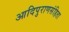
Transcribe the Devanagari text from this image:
आदिपुराणसंहिता